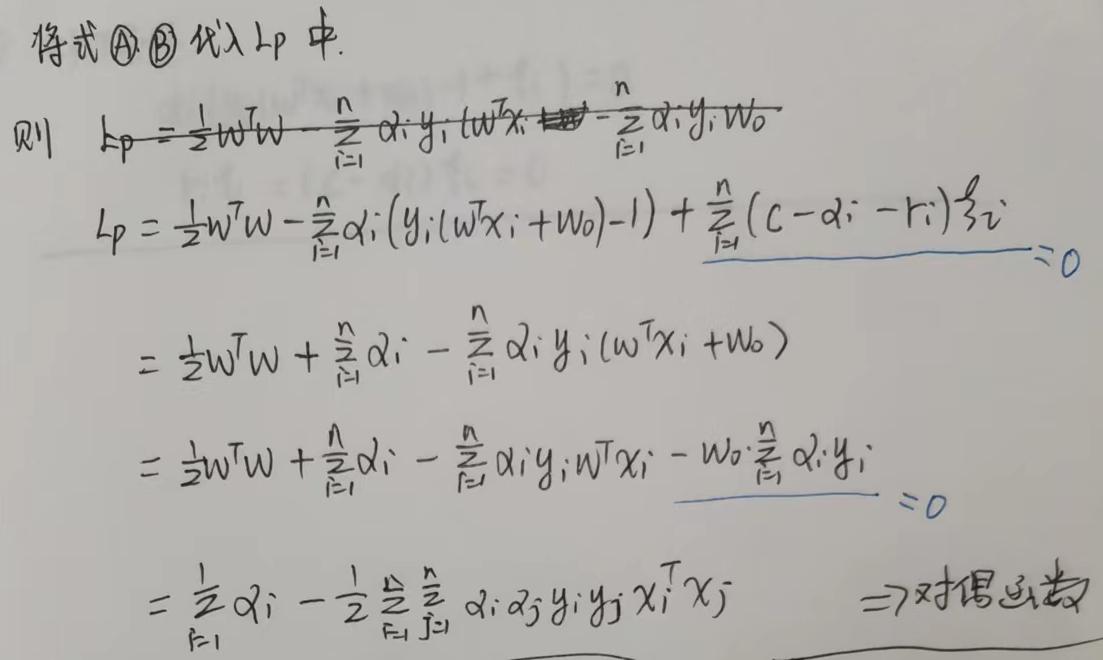
将式\textcircled{A}\textcircled{B}代入$L_p$中.
则
\[
\begin{align*}
L_p&=\frac{1}{2}w^Tw-\sum_{i = 1}^{n}\alpha_iy_i(w^Tx_i)-\sum_{i = 1}^{n}\alpha_iy_iw_0\\
L_p&=\frac{1}{2}w^Tw-\sum_{i = 1}^{n}\alpha_i(y_i(w^Tx_i + w_0)-1)+\sum_{i = 1}^{n}(C - \alpha_i - r_i)\xi_i\\
&=\frac{1}{2}w^Tw+\sum_{i = 1}^{n}\alpha_i-\sum_{i = 1}^{n}\alpha_iy_i(w^Tx_i + w_0)\\
&=\frac{1}{2}w^Tw+\sum_{i = 1}^{n}\alpha_i-\sum_{i = 1}^{n}\alpha_iy_iw^Tx_i-w_0\sum_{i = 1}^{n}\alpha_iy_i\\
&=\frac{1}{2}\sum_{i = 1}^{n}\alpha_i-\frac{1}{2}\sum_{i = 1}^{n}\sum_{j = 1}^{n}\alpha_i\alpha_jy_iy_jx_i^Tx_j\quad\Rightarrow\text{对偶函数}
\end{align*}
\]